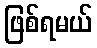
ဖြစ်ရမယ်